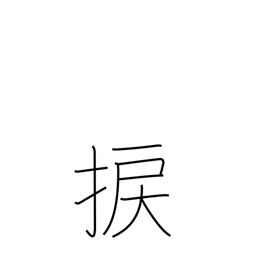
Meaning: wrench